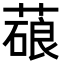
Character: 𦺫